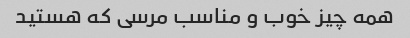
همه چیز خوب و مناسب مرسی که هستید